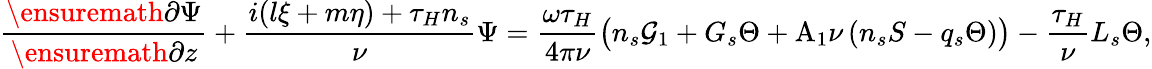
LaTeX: \frac{\ensuremath{\partial}\Psi}{\ensuremath{\partial}z}+\frac{i(l\xi+m\eta)+\tau_{H}n_{s}}{\nu}\Psi=\frac{\omega\tau_{H}}{4\pi\nu}\big(n_{s}\mathcal{G}_{1}+G_{s}\Theta+\mathrm{A_{1}}\nu\left(n_{s}S-q_{s}\Theta\right)\big)-\frac{\tau_{H}}{\nu}L_{s}\Theta,